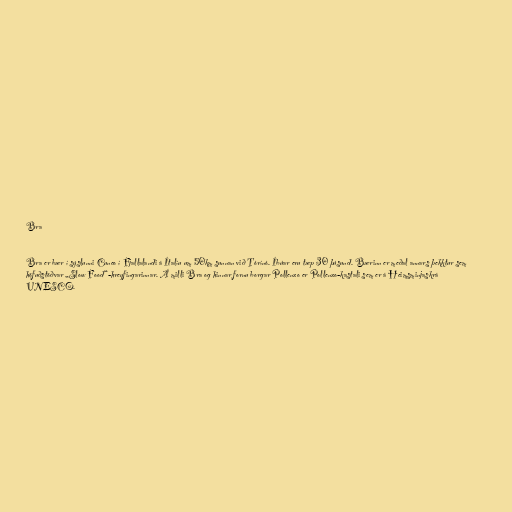
Bra

Bra er bær í sýslunni Cuneo í Fjallalandi á Ítalíu um 50km sunnan við Tórínó. Íbúar eru tæp 30 þúsund. Bærinn er meðal annars þekktur sem
höfuðstöðvar „Slow Food“-hreyfingarinnar. Á milli Bra og hinnar fornu borgar Pollenzo er Pollenzo-kastali sem er á Heimsminjaskrá
UNESCO.